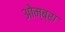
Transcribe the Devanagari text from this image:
ओम्ब्रा